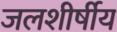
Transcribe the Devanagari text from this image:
जलशीर्षीय